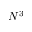
N ^ { 3 }